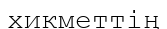
хикметтің